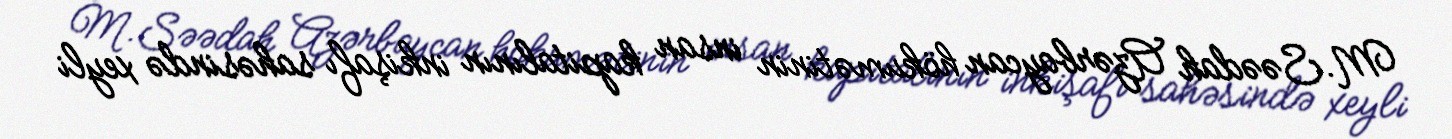
M.Səədah Azərbaycan hökumətinin insan kapitalının inkişafı sahəsində xeyli